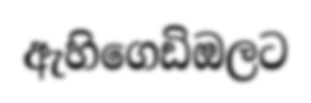
ඇහිගෙඩිඔලට